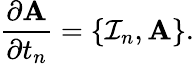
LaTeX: \frac{\partial\mathrm{{\mathbf A}}}{\partial t_{n}}=\{ {\cal I}_{n},\mathrm{{\mathbf A}}\} .